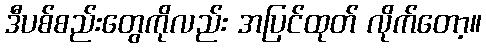
ဒီပစ်စည်းတွေကိုလည်း အပြင်ထုတ် လိုက်တော့။